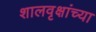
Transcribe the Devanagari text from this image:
शालवृक्षांच्या